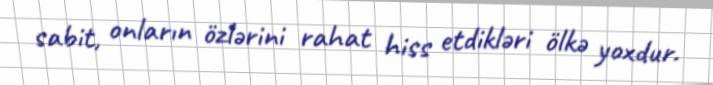
sabit, onların özlərini rahat hiss etdikləri ölkə yoxdur.